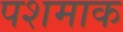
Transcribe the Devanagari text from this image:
पशमाक